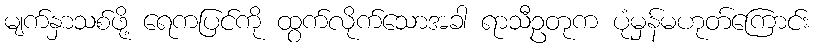
မျက်နှာသစ်ဖို့ ရေကပြင်ကို ထွက်လိုက်သောအခါ ရာသီဥတုက ပုံမှန်မဟုတ်ကြောင်း